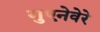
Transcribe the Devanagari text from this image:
गुएनेवेरे